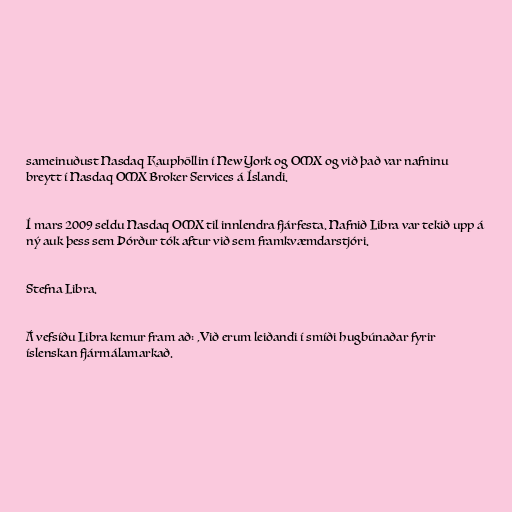
sameinuðust Nasdaq Kauphöllin í New York og OMX og við það var nafninu
breytt í Nasdaq OMX Broker Services á Íslandi.

Í mars 2009 seldu Nasdaq OMX til innlendra fjárfesta. Nafnið Libra var tekið upp á
ný auk þess sem Þórður tók aftur við sem framkvæmdarstjóri.

Stefna Libra.

Á vefsíðu Libra kemur fram að: ,Við erum leiðandi í smíði hugbúnaðar fyrir
íslenskan fjármálamarkað.